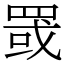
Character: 罭